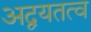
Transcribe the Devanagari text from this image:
अद्वयतत्व